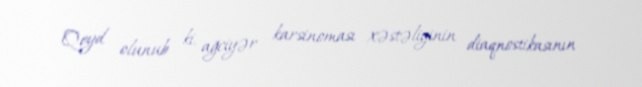
Qeyd olunub ki, ağciyər karsinoması xəstəliyinin diaqnostikasının